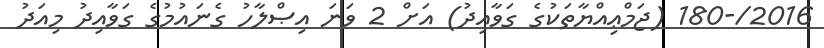
2016/-180 (ޖަމްޢިއްޔާތަކުގެ ގަވާއިދު) އަށް 2 ވަނަ އިޞްލާހު ގެނައުމުގެ ގަވާއިދު މިއަދު